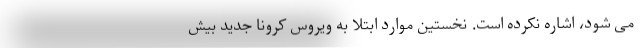
می شود، اشاره نکرده است. نخستین موارد ابتلا به ویروس کرونا جدید بیش